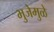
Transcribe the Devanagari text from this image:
भुजेमुळे